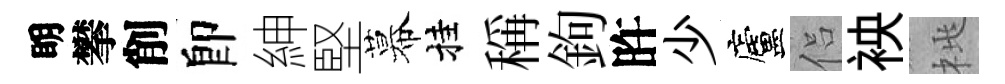
眀攀削卽紳堅幕挂稱鉤旿少廬侣䘧桃